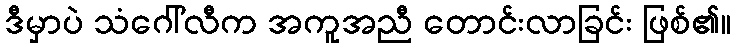
ဒီမှာပဲ သံဂေါ်လီက အကူအညီ တောင်းလာခြင်း ဖြစ်၏။